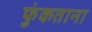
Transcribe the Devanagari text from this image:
फुंकताना